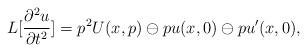
LaTeX: \begin{align*}L[\frac{\partial^2 u}{\partial t^2}]=p^2U(x, p)\ominus pu(x, 0)\ominus pu'(x, 0),\end{align*}